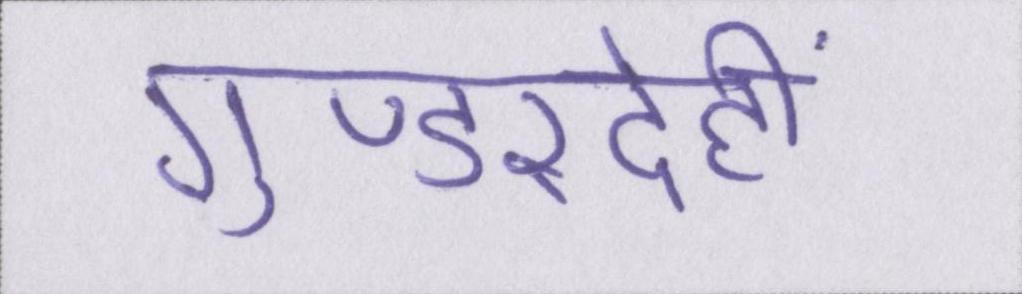
गुण्डरदेही